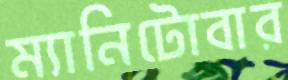
ম্যানিটোবার